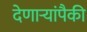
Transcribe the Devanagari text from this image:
देणार्‍यांपैकी